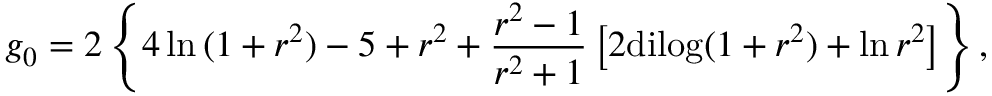
g _ { 0 } = 2 \left\{ 4 \ln { ( 1 + r ^ { 2 } ) } - 5 + r ^ { 2 } + { \frac { r ^ { 2 } - 1 } { r ^ { 2 } + 1 } } \left[ 2 \mathrm { d i l o g } ( 1 + r ^ { 2 } ) + \ln { r ^ { 2 } } \right] \right\} ,